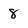
Character: 8